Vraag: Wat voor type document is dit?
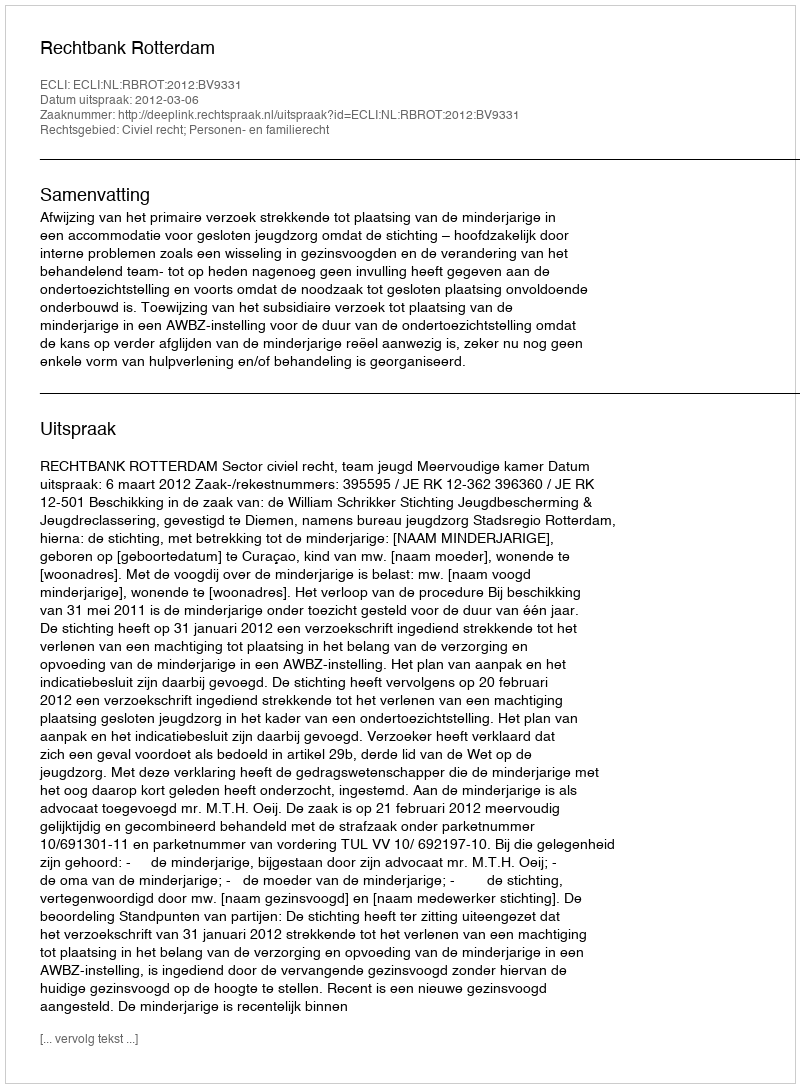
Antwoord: Uitspraak